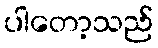
ပါတော့သည်